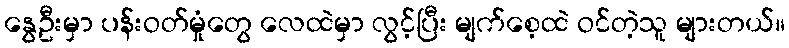
နွေဦးမှာ ပန်းဝတ်မှုံတွေ လေထဲမှာ လွင့်ပြီး မျက်စေ့ထဲ ဝင်တဲ့သူ များတယ်။